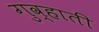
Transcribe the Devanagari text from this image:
गुव्हाती